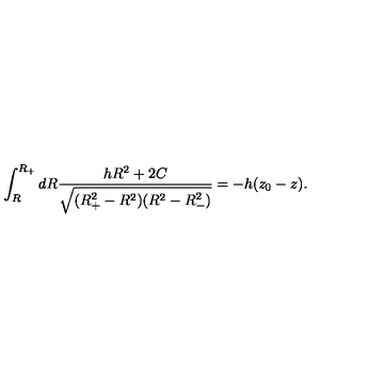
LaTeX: \int _ { R } ^ { R _ { + } } d R \frac { h R ^ { 2 } + 2 C } { \sqrt { ( R _ { + } ^ { 2 } - R ^ { 2 } ) ( R ^ { 2 } - R _ { - } ^ { 2 } ) } } = - h ( z _ { 0 } - z ) .